Leaving Certificate Examination, 1920
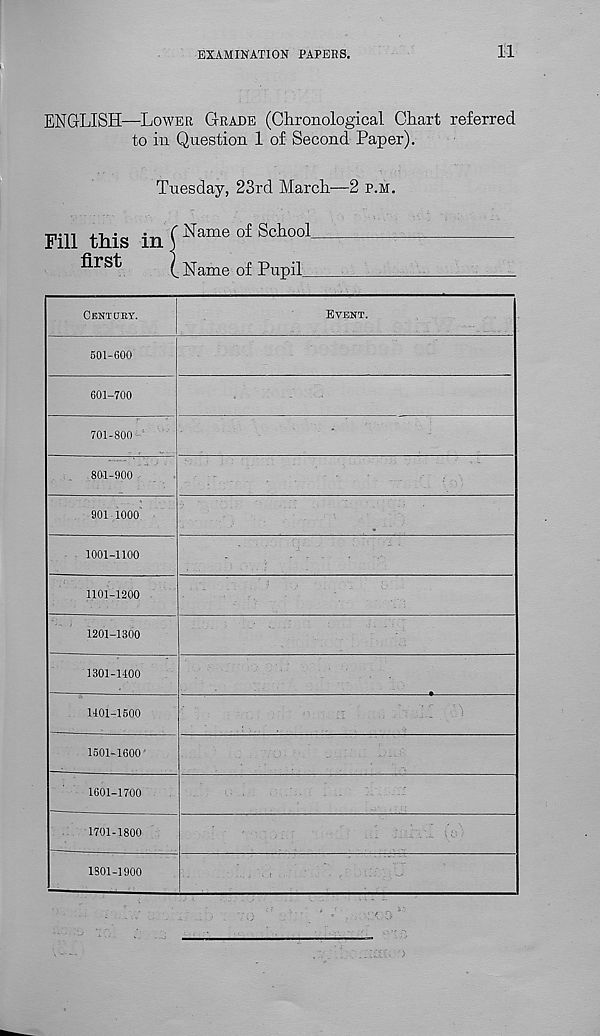
EXAMINATION PAPERS.
11
ENGLISH—LOWER GRADE (Chronological Chart referred
to in Question 1 of Second Paper).
Tuesday, 23rd March—2 P.M.